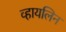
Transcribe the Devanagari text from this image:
व्हायलिन